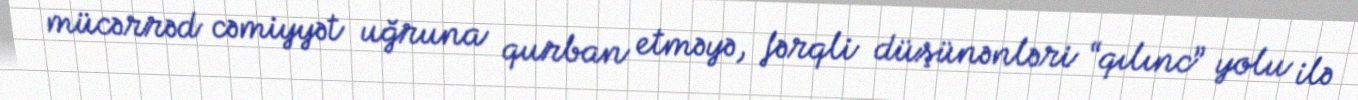
mücərrəd cəmiyyət uğruna qurban etməyə, fərqli düşünənləri “qılınc” yolu ilə